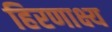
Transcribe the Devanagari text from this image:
हिरणाक्ष्य